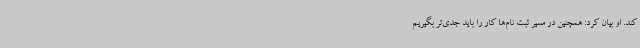
کند. او بیان کرد: همچنین در مسیر ثبت نام‌ها کار را باید جدی‌تر بگیریم